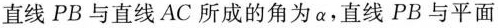
直线PB与直线AC所成的角为 \alpha，直线PB与平面